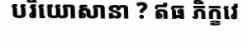
បរិយោសានា ? ឥធ ភិក្ខវេ